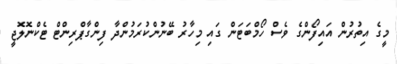
މީގެ އިތުރުން އައިފޯންގެ ވެސް ހޯމްބަޓަން ގައި މިހާރު ބޭނުންކުރަމުންދާ ފިންގާޕްރިންޓް ޓެކްނޮލޮޖީ